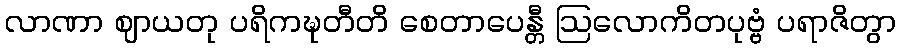
လာဏာ ဈာယတု ပရိကဍ္ဎတီတိ စေတာပေန္တီ ဩလောကိတပုဗ္ဗံ ပရာဇိတွာ